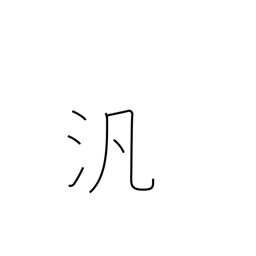
Meaning: pan-